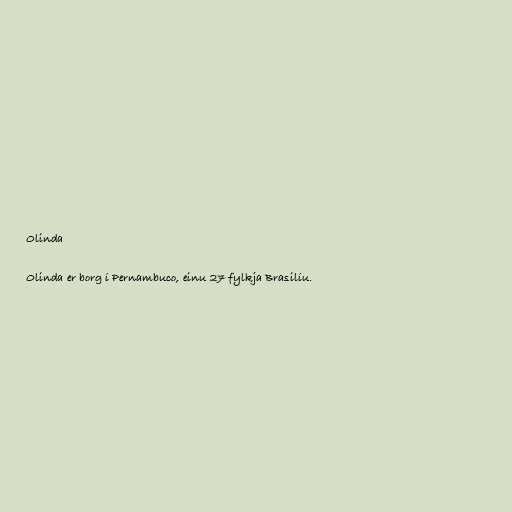
Olinda

Olinda er borg í Pernambuco, einu 27 fylkja Brasilíu.